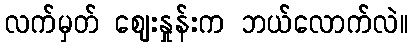
လက်မှတ် ဈေးနှုန်းက ဘယ်လောက်လဲ။